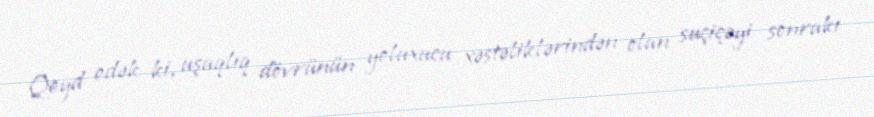
Qeyd edək ki, uşaqlıq dövrünün yoluxucu xəstəliklərindən olan suçiçəyi sonrakı